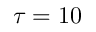
\tau = 1 0